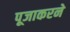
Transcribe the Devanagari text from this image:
पूजाकरने